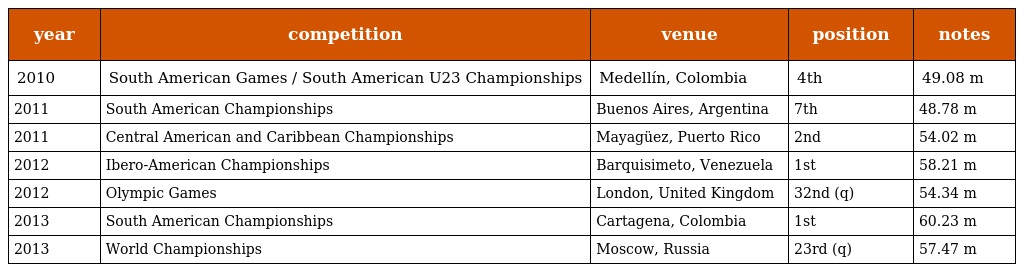
| year | competition | venue | position | notes |
 | --- | --- | --- | --- | --- |
 | 2010 | South American Games / South American U23 Championships | Medellín, Colombia | 4th | 49.08 m |
 | 2011 | South American Championships | Buenos Aires, Argentina | 7th | 48.78 m |
 | 2011 | Central American and Caribbean Championships | Mayagüez, Puerto Rico | 2nd | 54.02 m |
 | 2012 | Ibero-American Championships | Barquisimeto, Venezuela | 1st | 58.21 m |
 | 2012 | Olympic Games | London, United Kingdom | 32nd (q) | 54.34 m |
 | 2013 | South American Championships | Cartagena, Colombia | 1st | 60.23 m |
 | 2013 | World Championships | Moscow, Russia | 23rd (q) | 57.47 m |